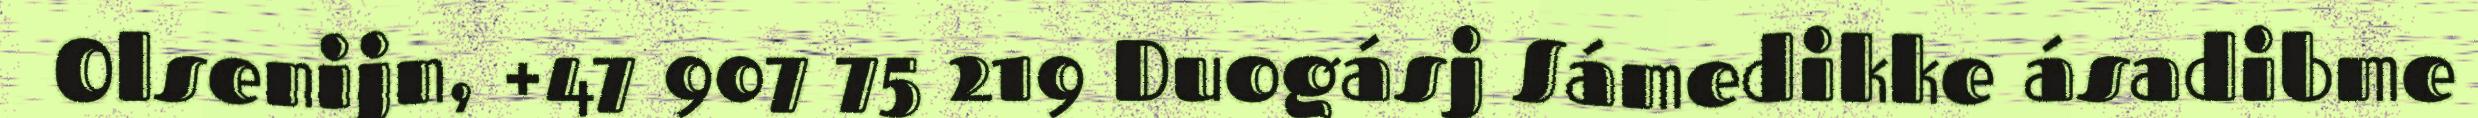
Olsenijn, +47 907 75 219 Duogásj Sámedikke ásadibme